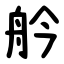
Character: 䑤